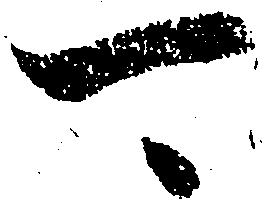
可